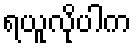
ရယူလိုပါက